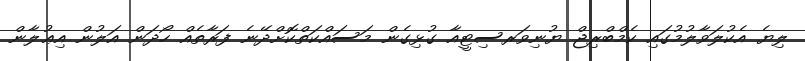
ލިޔެ އެކުލަވާލުމުގައި ކެމްބްރިޖް ޔުނިވަރސިޓީއާ ގުޅިގެން މަސައްކަތްކޮށްދޭނެ ފަރާތެއް ހޯދަން އަލުން އިޢުލާން